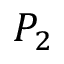
P _ { 2 }